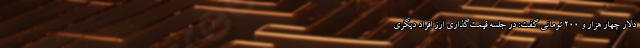
دلار چهار هزار و ۲۰۰ تومانی گفت: در جلسه قیمت‌گذاری ارز افراد دیگری